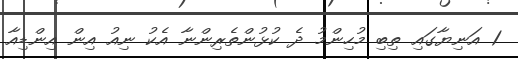
1 އަނިޔާގައި ތިބި މުހިންމު ދެ ކުޅުންތެރިންނާ އެކު ނިއު އިން އިންޑިއާ